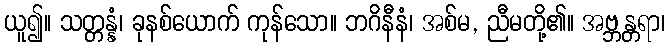
ယူ၍။ သတ္တန္နံ၊ ခုနစ်ယောက် ကုန်သော။ ဘဂိနီနံ၊ အစ်မ, ညီမတို့၏။ အဗ္ဘန္တရာ၊